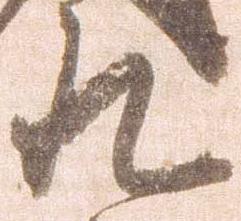
九